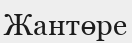
Жантөре